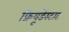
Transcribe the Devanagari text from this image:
फ्रियूडेंस्टाट